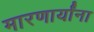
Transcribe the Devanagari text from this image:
मारणार्यांना